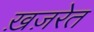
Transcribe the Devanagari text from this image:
ख़ज़रेत